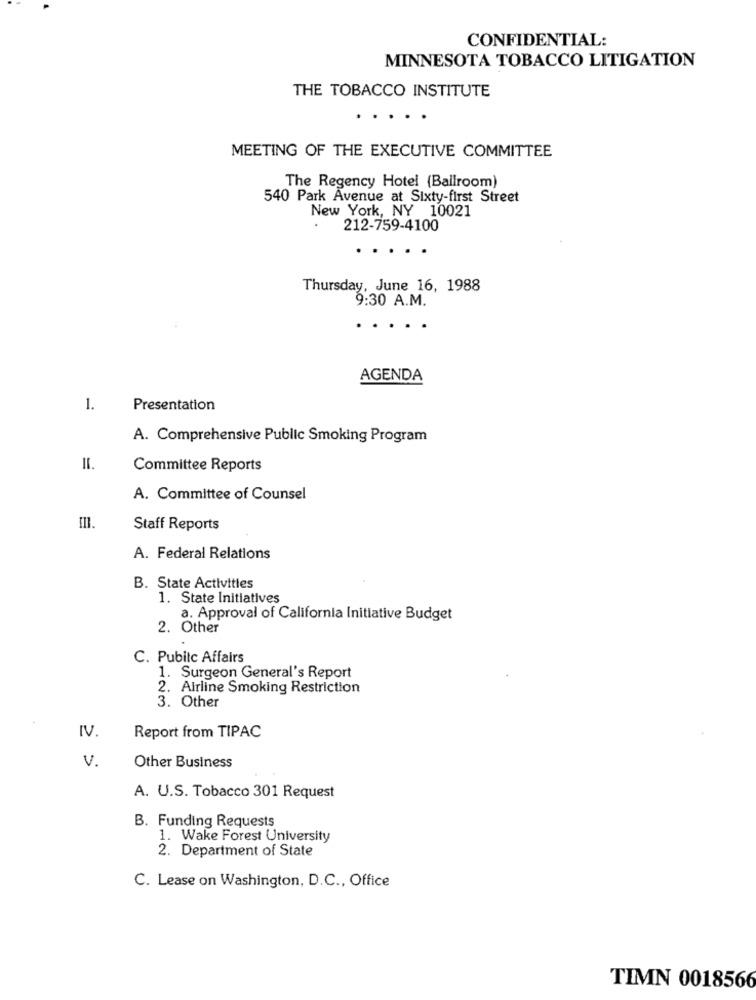
CONFIDENTIAL:
MINNESOTA TOBACCO LITIGATION
THE TOBACCO INSTITUTE
MEETING OF THE EXECUTIVE COMMITTEE
The Regency Hotel (Ballroom)
540 Park Avenue at Sixty-first Street
New York, NY 10021
212-759-4100
...
Thursday, June 16, 1988
9:30 A.M.
AGENDA
1.
Presentation
A. Comprehensive Public Smoking Program
II.
Committee Reports
A. Committee of Counsel
=
Staff Reports
A. Federal Relations
B. State Activities
1. State Initiatives
a. Approval of California Initiative Budget
2. Other
C. Pubitc Affairs
1. Surgeon General's Report
2. Airline Smoking Restriction
3. Other
IV.
Report from TIPAC
V.
Other Business
A. U.S. Tobacco 301 Request
B. Funding Requests
1. Wake Forest University
2. Department of State
C. Lease on Washington, D.C ., Office
TIMN 0018566